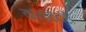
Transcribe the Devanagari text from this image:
कलाकेंद्रों